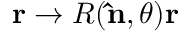
\mathbf { r } \rightarrow R ( \mathbf { \hat { n } } , \theta ) \mathbf { r }